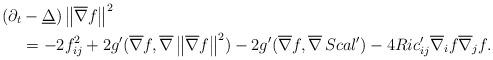
LaTeX: \begin{align*}(\partial_{t}&-\underline{\Delta})\left\|\overline{\nabla}{f}\right\|^{2}\\&=-2f^{2}_{ij}+2g'(\overline{\nabla}{f},\overline{\nabla}\left\|\overline{\nabla}{f}\right\|^{2})-2g'(\overline{\nabla}{f},\overline{\nabla}\,Scal')-4Ric'_{ij}\overline{\nabla}_{i}f\overline{\nabla}_{j}f.\end{align*}